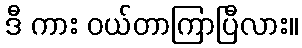
ဒီ ကား ဝယ်တာကြာပြီလား။